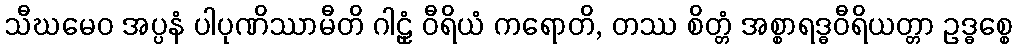
သီဃမေဝ အပ္ပနံ ပါပုဏိဿာမီတိ ဂါဠှံ ဝီရိယံ ကရောတိ, တဿ စိတ္တံ အစ္စာရဒ္ဓဝီရိယတ္တာ ဥဒ္ဓစ္စေ